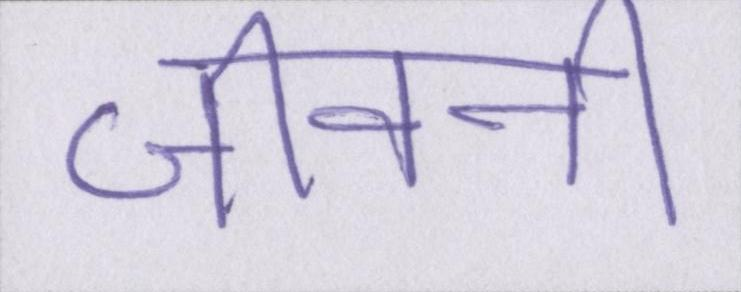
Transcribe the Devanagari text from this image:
जीवनी